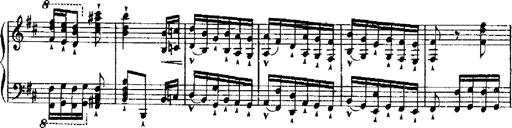
Title: RÃ©miniscences de Robert le diable
Composer: Franz Liszt